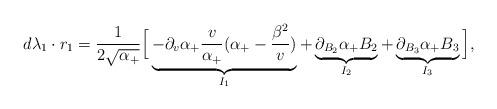
LaTeX: \begin{align*}\begin{aligned}d\lambda_1\cdot r_1 =\frac{1}{2\sqrt{\alpha_+}}\Big[\underbrace{-\partial_v\alpha_+ \frac{v}{\alpha_+}(\alpha_+-\frac{\beta^2}{v})}_{I_1} +\underbrace{\partial_{B_2}\alpha_+ B_2}_{I_2} +\underbrace{\partial_{B_3}\alpha_+ B_3}_{I_3} \Big],\end{aligned}\end{align*}